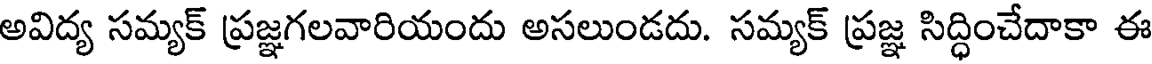
అవిద్య సమ్యక్ ప్రజ్ఞగలవారియందు అసలుండదు. సమ్యక్ ప్రజ్ఞ సిద్ధించేదాకా ఈ